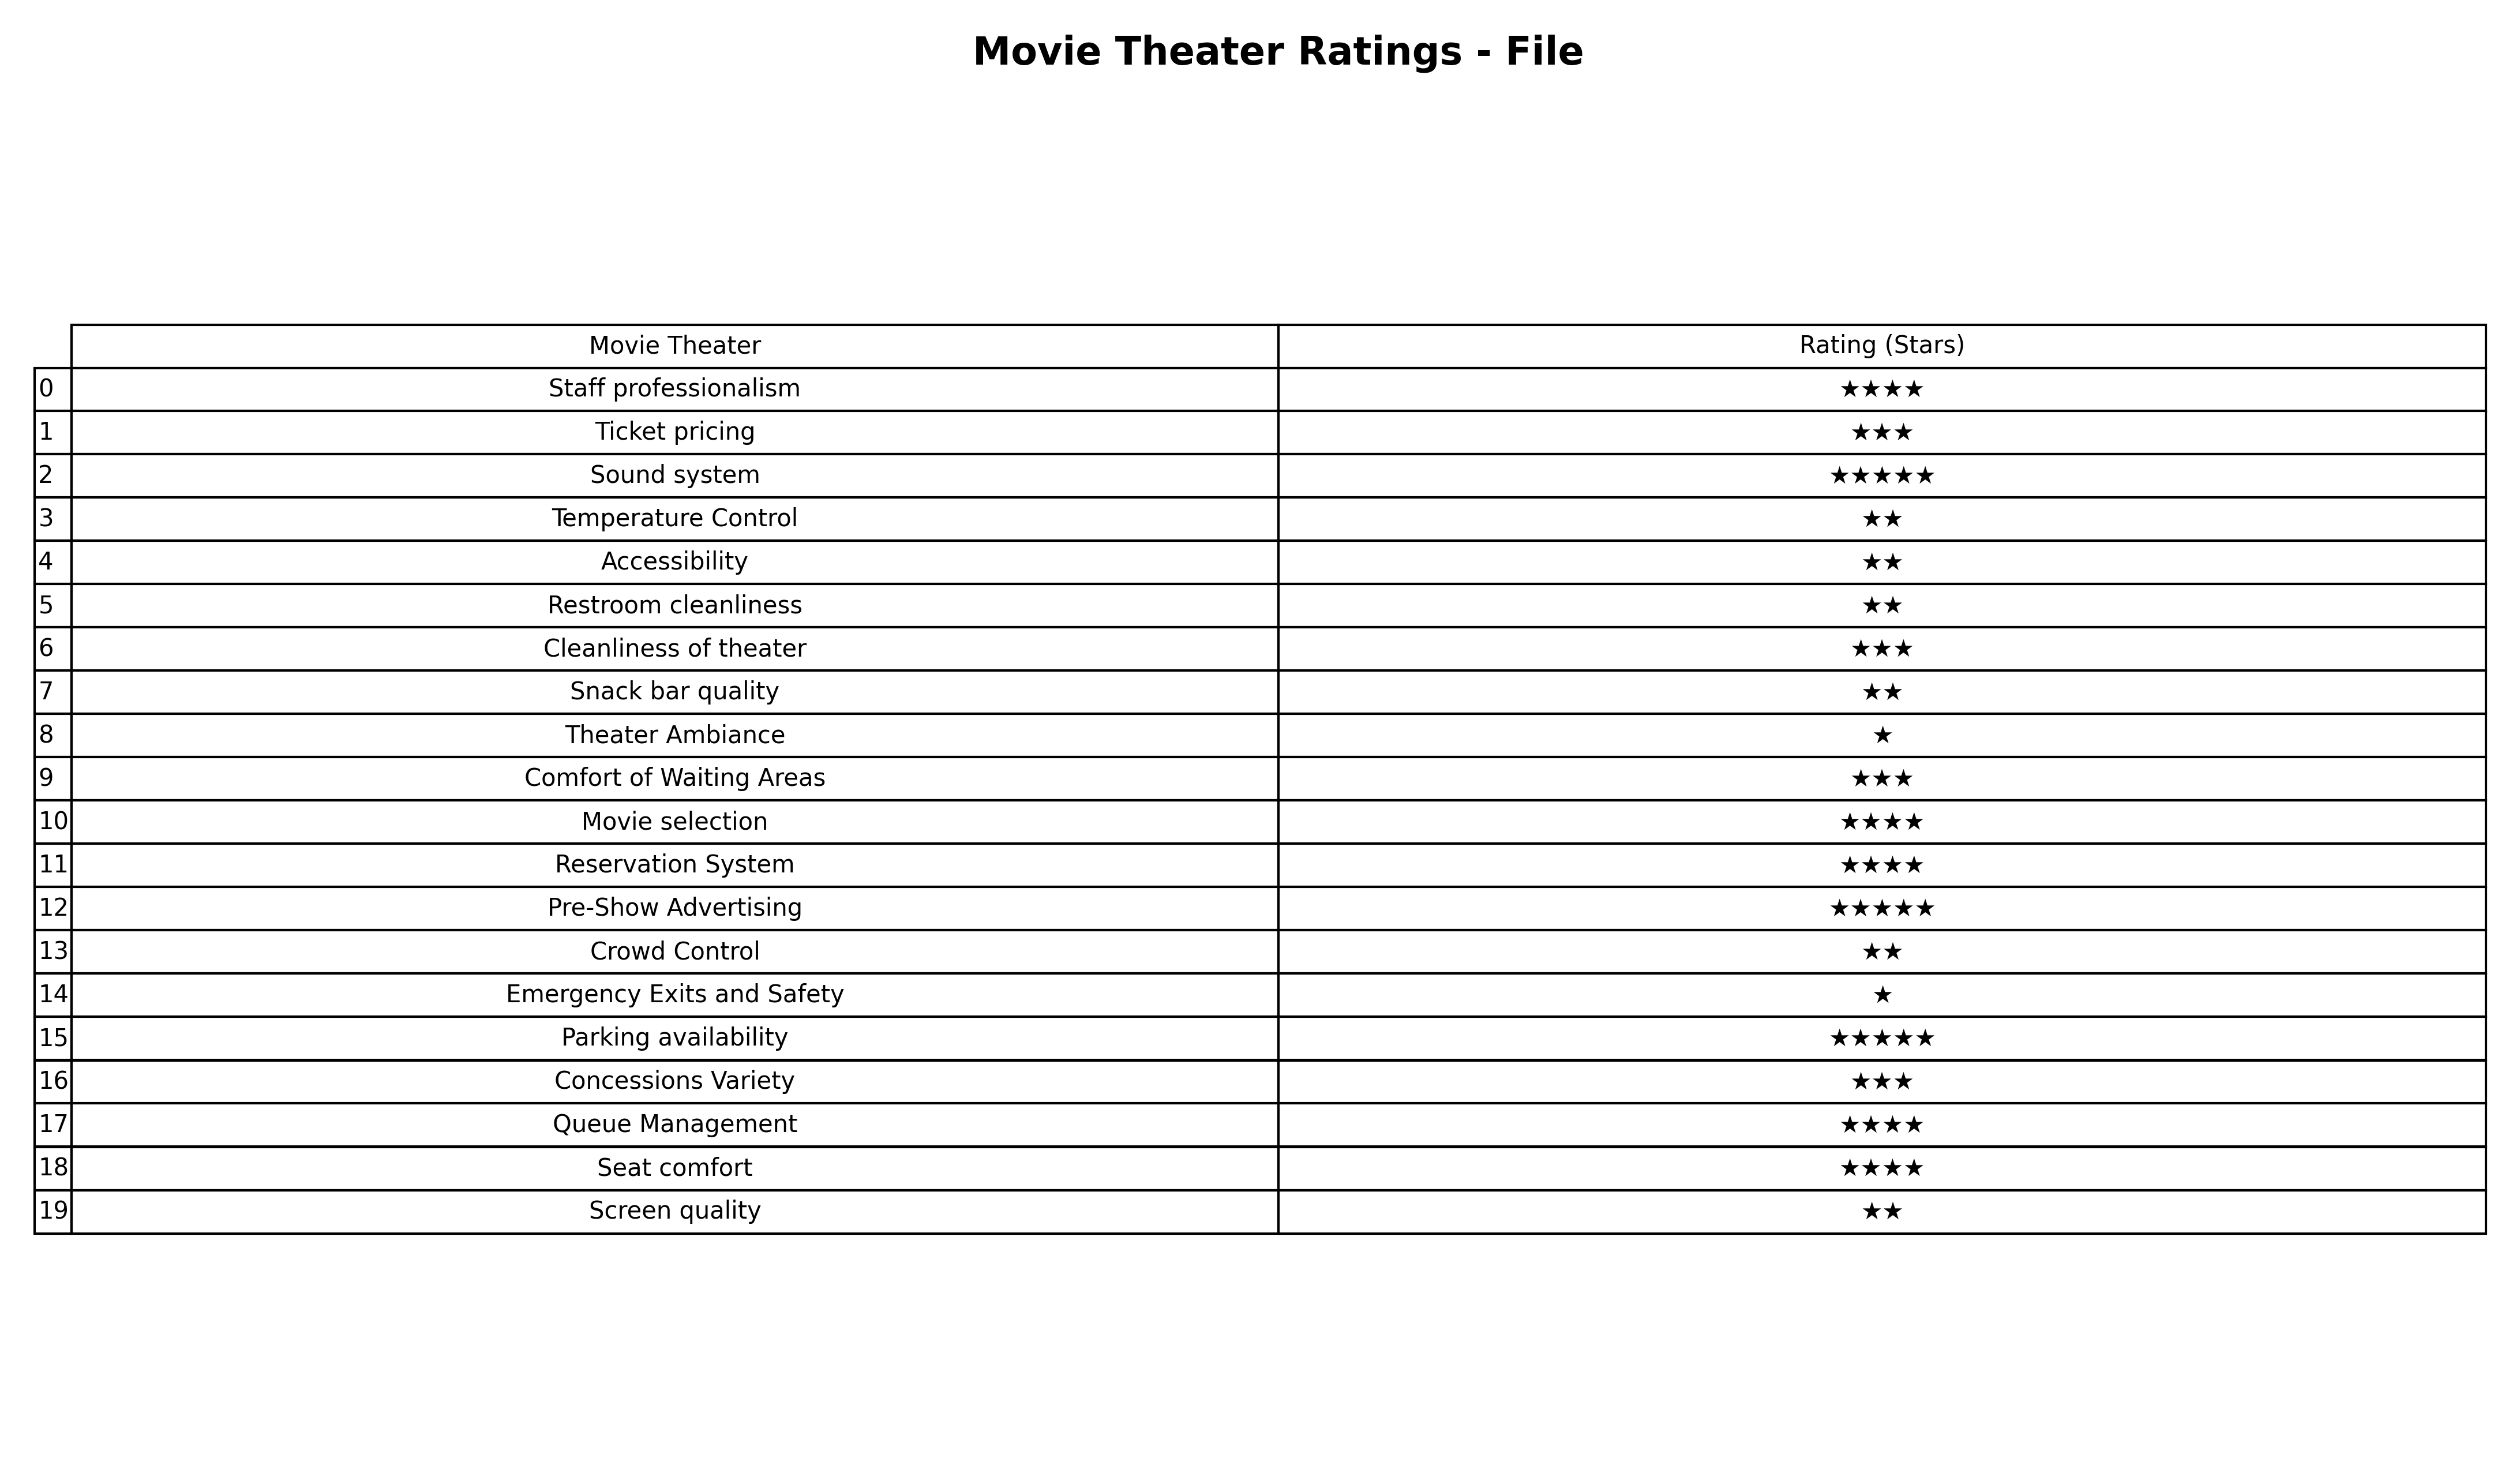
question: What is the rating of Parking availability?
answer: ★★★★★